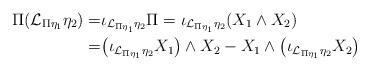
\begin{align*}\Pi(\mathcal{L}_{\Pi\eta_1}\eta_2)=&\iota_{\mathcal{L}_{\Pi\eta_1}\eta_2}\Pi=\iota_{\mathcal{L}_{\Pi\eta_1}\eta_2}(X_1\wedge X_2)\\ =&\big(\iota_{\mathcal{L}_{\Pi\eta_1}\eta_2} X_1\big)\wedge X_2- X_1\wedge\big(\iota_{\mathcal{L}_{\Pi\eta_1}\eta_2} X_2\big)\end{align*}